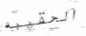
الحقيبه